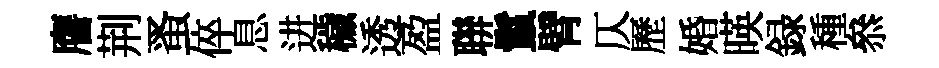
譍荆蚤倅息进穢透盈聨鬣臂仄歷婚暎録種叅